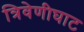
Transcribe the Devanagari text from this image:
त्रिवेणीघाट